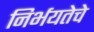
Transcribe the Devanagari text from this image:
निर्भयतेचे